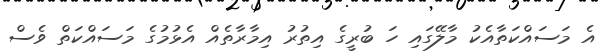
އެ މަސައްކަތާއެކު މާލޭގައި ހަ ބުރީގެ އިތުރު އިމާރާތެއް އެޅުމުގެ މަސައްކަތް ވެސް